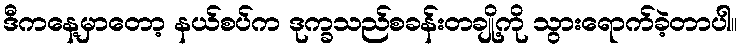
ဒီကနေ့မှာတော့ နယ်စပ်က ဒုက္ခသည်စခန်းတချို့ကို သွားရောက်ခဲ့တာပါ။